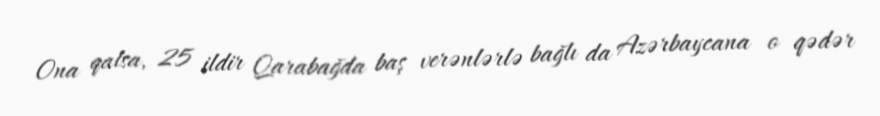
Ona qalsa, 25 ildir Qarabağda baş verənlərlə bağlı da Azərbaycana o qədər